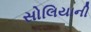
સોલિયાની